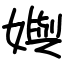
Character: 嬩